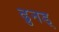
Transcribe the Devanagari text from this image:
ढुनड्